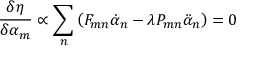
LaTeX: \frac { \delta \eta } { \delta \alpha _ { m } } \propto \sum _ { n } \left( F _ { m n } \dot { \alpha } _ { n } - \lambda P _ { m n } \ddot { \alpha } _ { n } \right) = 0